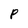
Character: P